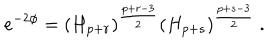
e ^ { - 2 \phi } = ( H _ { p + r } ) ^ { \frac { p + r - 3 } { 2 } } ( H _ { p + s } ) ^ { \frac { p + s - 3 } { 2 } } \ .